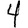
Digit: 4